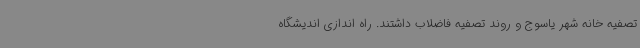
تصفیه خانه شهر یاسوج و روند تصفیه فاضلاب داشتند. راه اندازی اندیشگاه